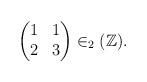
LaTeX: \begin{align*}\begin{pmatrix}1 & 1 \\2 & 3\end{pmatrix} \in _2(\mathbb{Z}).\end{align*}